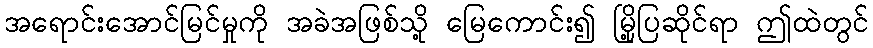
အရောင်းအောင်မြင်မှုကို အခဲအဖြစ်သို့ မြေကောင်း၍ မြို့ပြဆိုင်ရာ ဤထဲတွင်